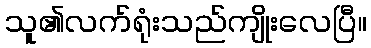
သူ၏လက်ရုံးသည်ကျိုးလေပြီ။